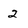
Character: 2